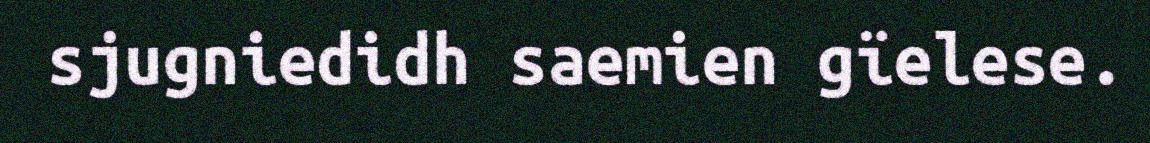
sjugniedidh saemien gïelese.